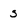
Character: s